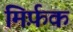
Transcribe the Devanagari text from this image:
मिर्फ़क